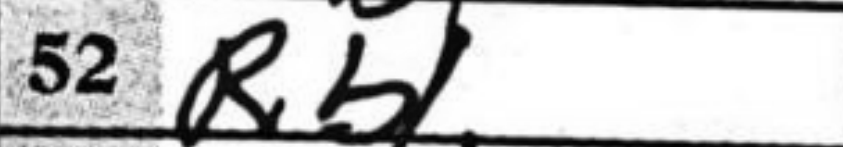
Transcription: Rb1